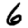
Digit: 6